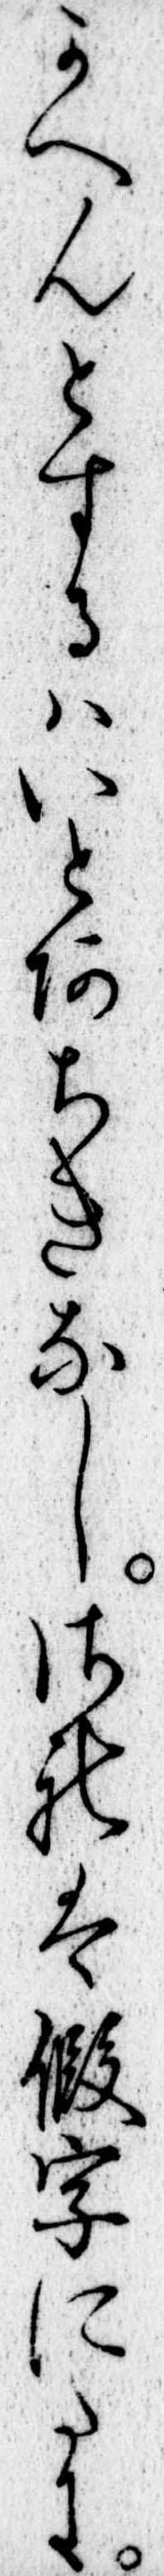
かへんとするはいとあちきなしされは仮字にたに